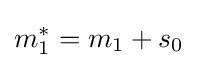
m_{1}^{*}=m_{1}+s_{0}